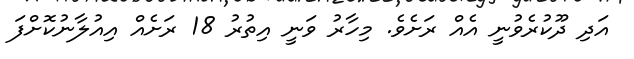
އަދި ދޫކުރެވުނީ އެއް ރަށެވެ. މިހާރު ވަނީ އިތުރު 18 ރަށެއް އިއުލާނުކޮށްފަ